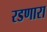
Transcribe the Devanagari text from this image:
रडणारा